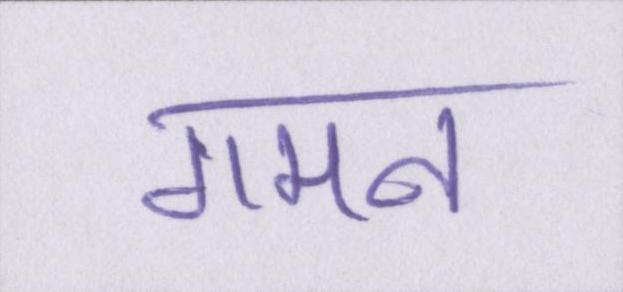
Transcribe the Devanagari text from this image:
गमन